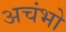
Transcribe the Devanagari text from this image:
अचंभो